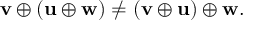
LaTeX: \mathbf { v } \oplus ( \mathbf { u } \oplus \mathbf { w } ) \neq ( \mathbf { v } \oplus \mathbf { u } ) \oplus \mathbf { w } .